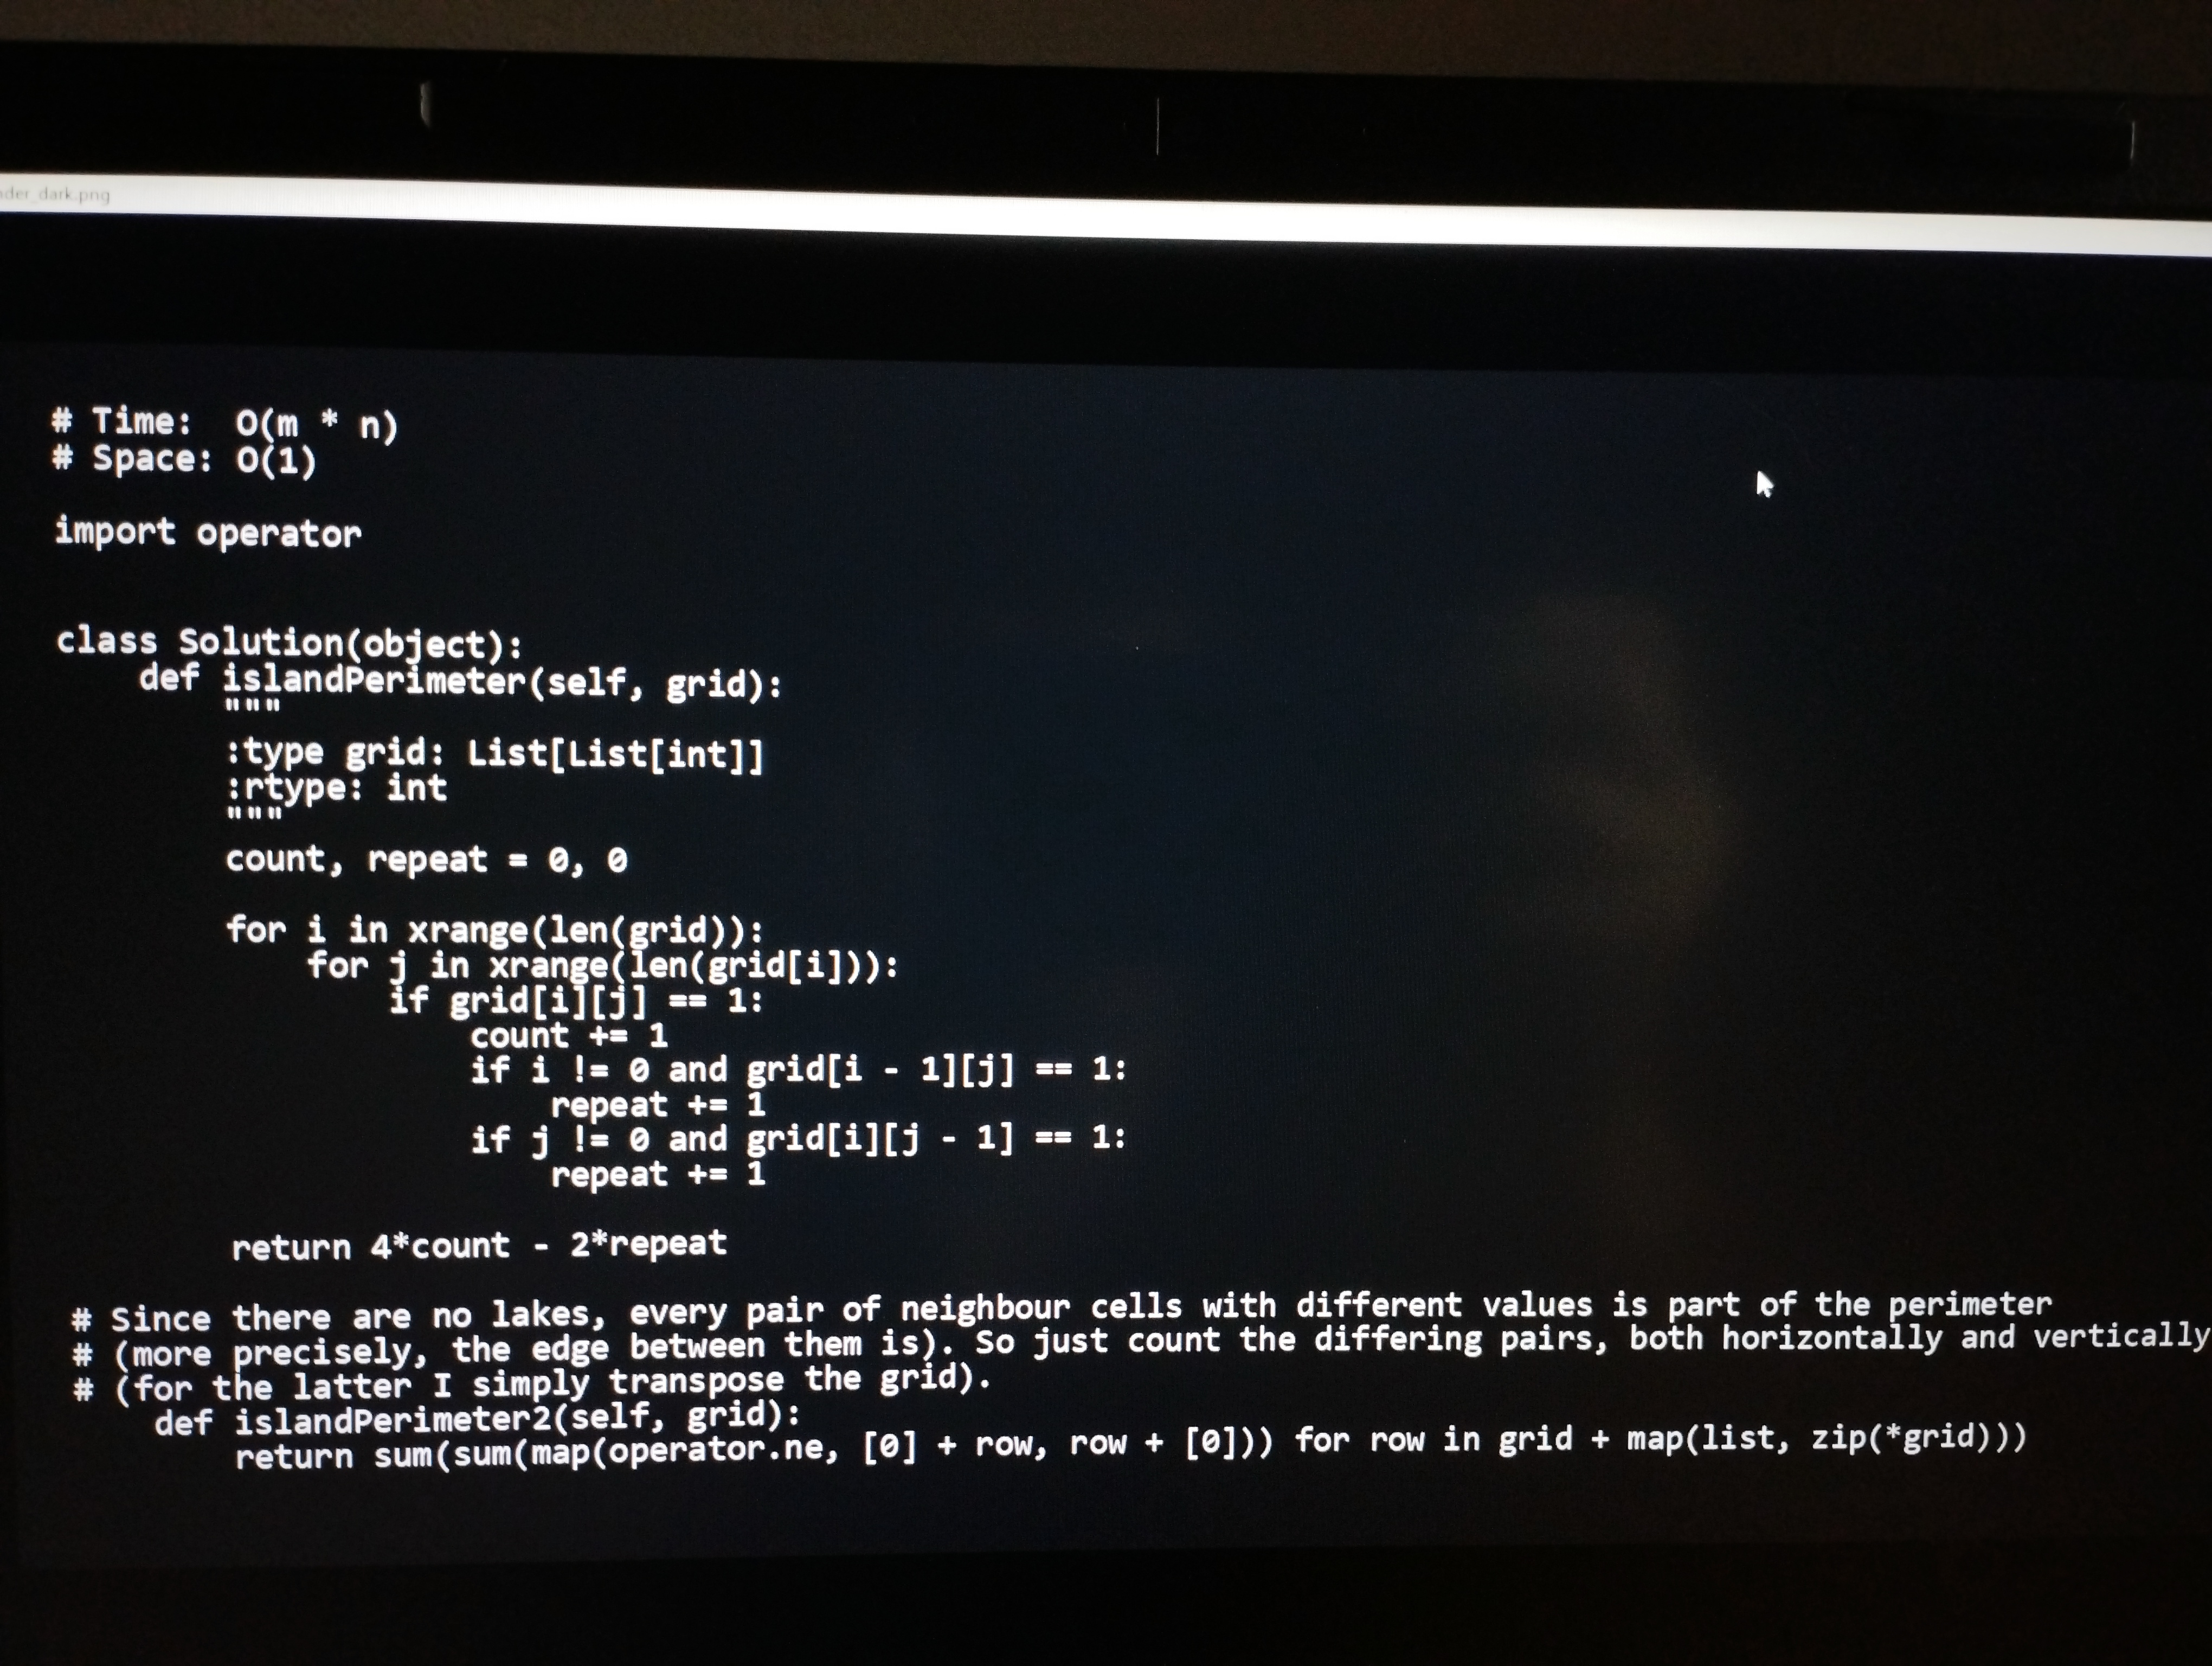
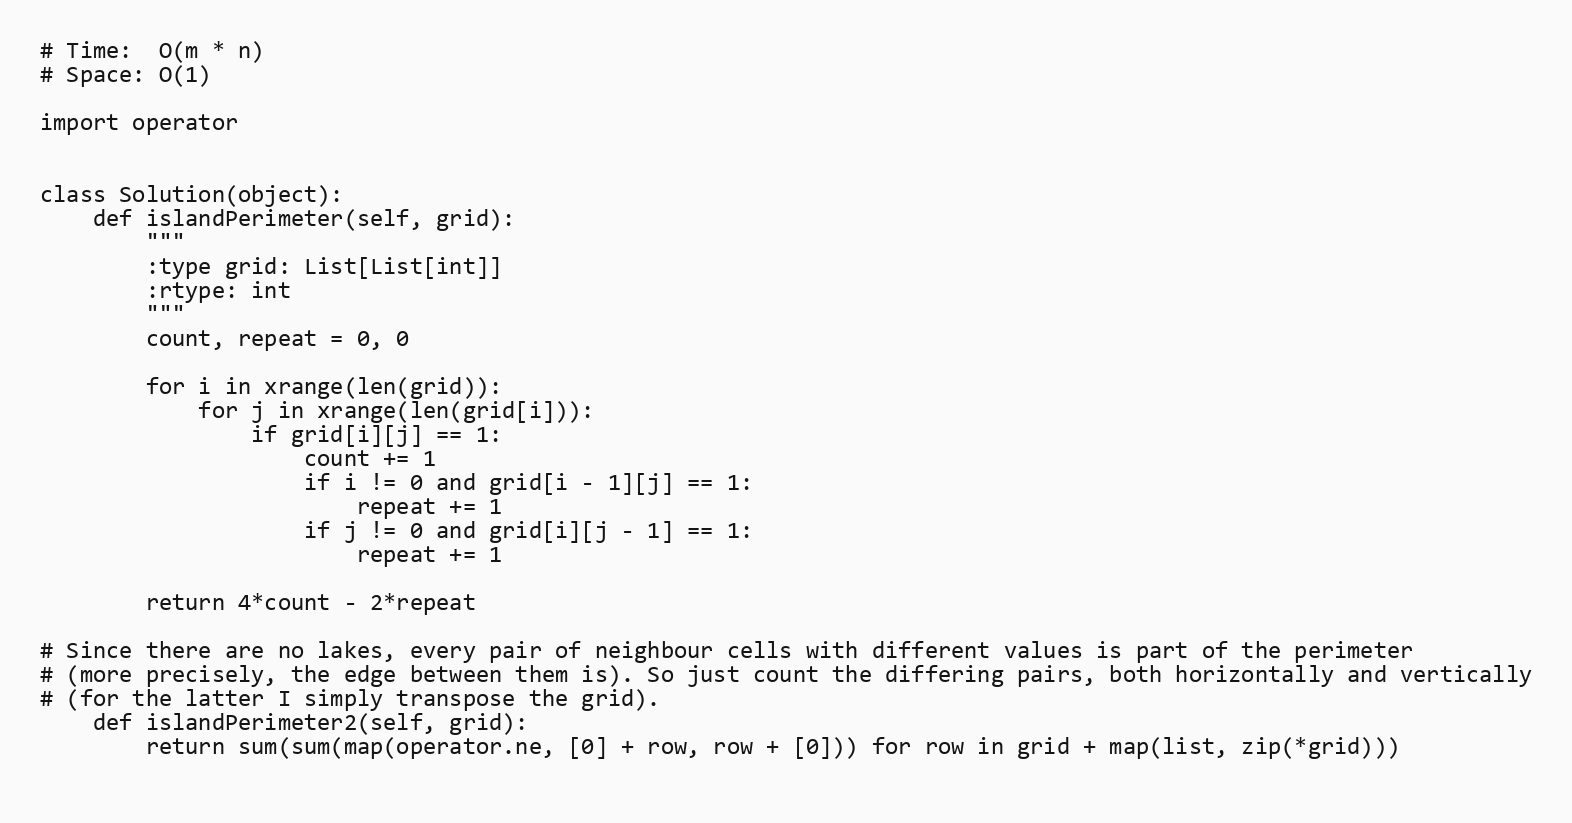
# Time:  O(m * n)
# Space: O(1)

import operator

class Solution(object):
    def islandPerimeter(self, grid):
        """
        :type grid: List[List[int]]
        :rtype: int
        """
        count, repeat = 0, 0

        for i in xrange(len(grid)):
            for j in xrange(len(grid[i])):
                if grid[i][j] == 1:
                    count += 1
                    if i != 0 and grid[i - 1][j] == 1:
                        repeat += 1
                    if j != 0 and grid[i][j - 1] == 1:
                        repeat += 1

        return 4*count - 2*repeat

# Since there are no lakes, every pair of neighbour cells with different values is part of the perimeter
# (more precisely, the edge between them is). So just count the differing pairs, both horizontally and vertically
# (for the latter I simply transpose the grid).
    def islandPerimeter2(self, grid):
        return sum(sum(map(operator.ne, [0] + row, row + [0])) for row in grid + map(list, zip(*grid)))